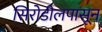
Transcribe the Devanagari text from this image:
सिरोडीलपासून